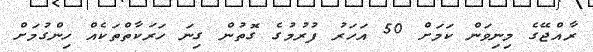
ރާއްޖޭގެ މިނިވަން ކަމަށް 50 އަހަރު ފުރުމުގެ ގޮތުން ގިނަ ހަރަކާތްތަކެއް ހިންގުމަށް